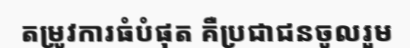
តម្រូវការធំបំផុត គឺប្រជាជនចូលរួម